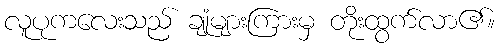
လူပုကလေးသည် ချုံများကြားမှ တိုးထွက်လာ၏။